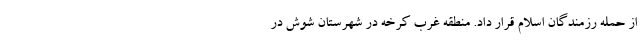
از حمله رزمندگان اسلام قرار داد. منطقه غرب کرخه در شهرستان شوش در